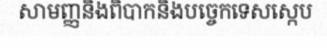
សាមញ្ញនិងពិបាកនិងបច្ចេកទេសស្កេប